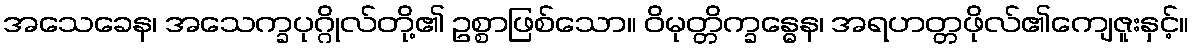
အသေခေန၊ အသေက္ခပုဂ္ဂိုလ်တို့၏ ဥစ္စာဖြစ်သော။ ဝိမုတ္တိက္ခန္ဓေန၊ အရဟတ္တဖိုလ်၏ကျေဇူးနှင့်။